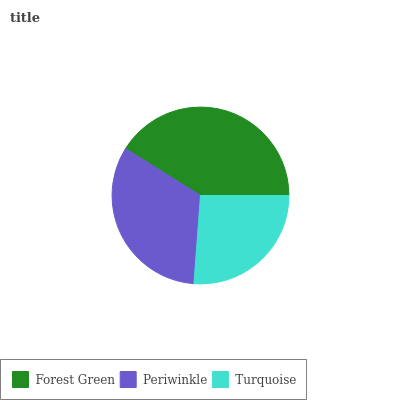
| Forest Green | Periwinkle | Turquoise |
 | --- | --- | --- |
 | 41.1% | 32.8% | 26.1% |